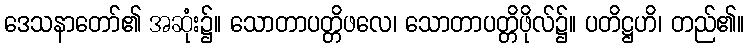
ဒေသနာတော်၏ အဆုံး၌။ သောတာပတ္တိဖလေ၊ သောတာပတ္တိဖိုလ်၌။ ပတိဋ္ဌဟိ၊ တည်၏။